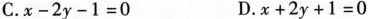
C.$$x - 2 y - 1 = 0$$ D.$$x + 2 y + 1 = 0$$